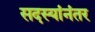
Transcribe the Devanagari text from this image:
सदस्यांनंतर